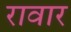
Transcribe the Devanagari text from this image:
रावार